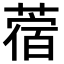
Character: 蓿